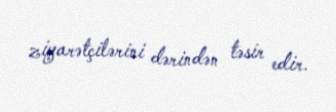
ziyarətçilərini dərindən təsir edir.